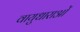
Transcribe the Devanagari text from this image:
वायुधाराओं